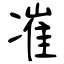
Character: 凗